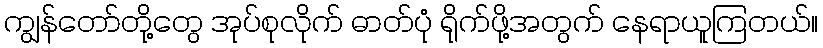
ကျွန်တော်တို့တွေ အုပ်စုလိုက် ဓာတ်ပုံ ရိုက်ဖို့အတွက် နေရာယူကြတယ်။